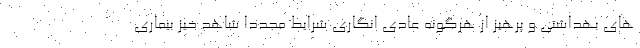
های بهداشتی و پرهیز از هرگونه عادی انگاری شرایط مجددا شاهد خیز بیماری